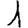
Digit: 1